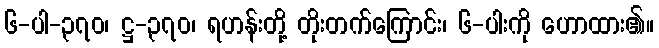
၆-ပါ-၃၇၀၊ ဋ္ဌ-၃၇၀၊ ရဟန်းတို့ တိုးတက်ကြောင်း၊ ၆-ပါးကို ဟောထား၏။